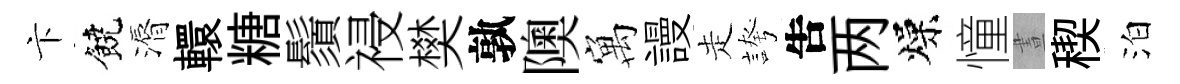
卞饒漘轘糖鬚祲樊孰隩寓謾走誇吿两燥憧晝稧泊